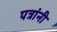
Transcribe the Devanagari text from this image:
पत्रांनी